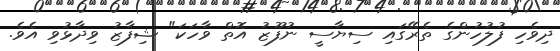
ދިވެހި ފުލުހުންގެ ތެރޭގައި ސިޔާސީ ނުފޫޒު އޮތް ވާހަކަ" ޝިފާޒު ވިދާޅުވި އެވެ.